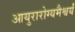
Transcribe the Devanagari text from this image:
आयुरारोग्यमैश्वर्यं